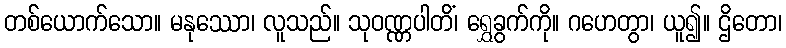
တစ်ယောက်သော။ မနုဿော၊ လူသည်။ သုဝဏ္ဏပါတိံ၊ ရွှေခွက်ကို။ ဂဟေတွာ၊ ယူ၍။ ဌိတော၊